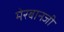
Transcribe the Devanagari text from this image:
मेरबानजी